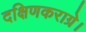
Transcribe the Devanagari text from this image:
दक्षिणकराग्रे।